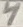
Text: 4